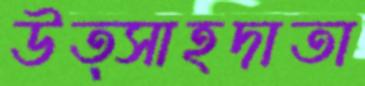
উত্সাহদাতা